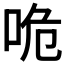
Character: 𠱓